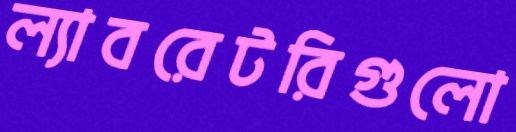
ল্যাবরেটরিগুলো